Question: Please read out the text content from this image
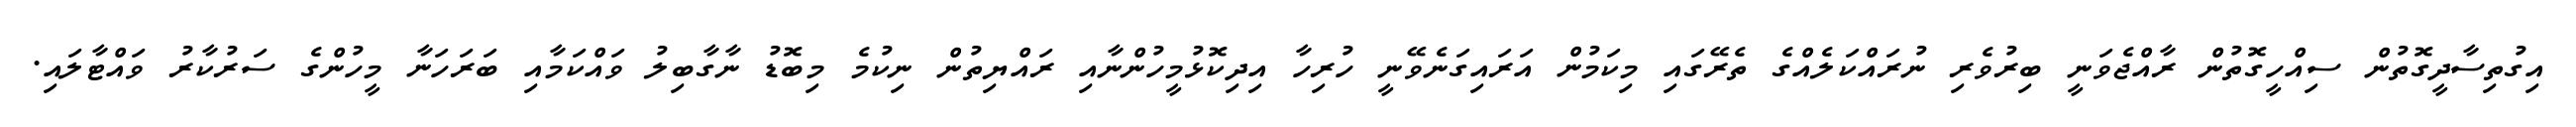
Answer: އިގުތިސާދީގޮތުން ސިއްހީގޮތުން ރާއްޖެވަނީ ބިރުވެރި ނުރައްކަލެއްގެ ތެރޭގައި މިކަމުން އަރައިގަނެވޭނީ ހުރިހާ އިދިކޮޅުމީހުންނާއި ރައްޔިތުން ނިކުމެ މިބޮޑު ނާގާބިލު ވައްކަމާއި ބަރަހަނާ މީހުންގެ ސަރުކާރު ވައްޓާލައި.